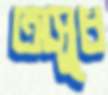
অসুধ